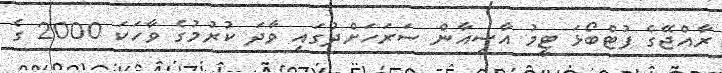
ރާއްޖޭގެ ފުޓްބޯޅަ ޓީމު އާސިއާން ސަރަހަށްދުގައި ވާދަ ކުރުމުގެ ވާހަކަ 2000 ގެ